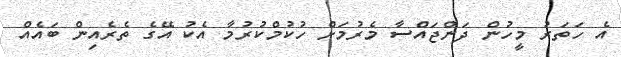
އެ ހަތަރު މީހުން ދަންޖައްސާ މެރުމަށް ހުކުމްކުރުމާ އެކު އޭގެ ތެރެއިން ބައެއް